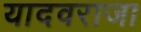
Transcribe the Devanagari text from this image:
यादवराजा